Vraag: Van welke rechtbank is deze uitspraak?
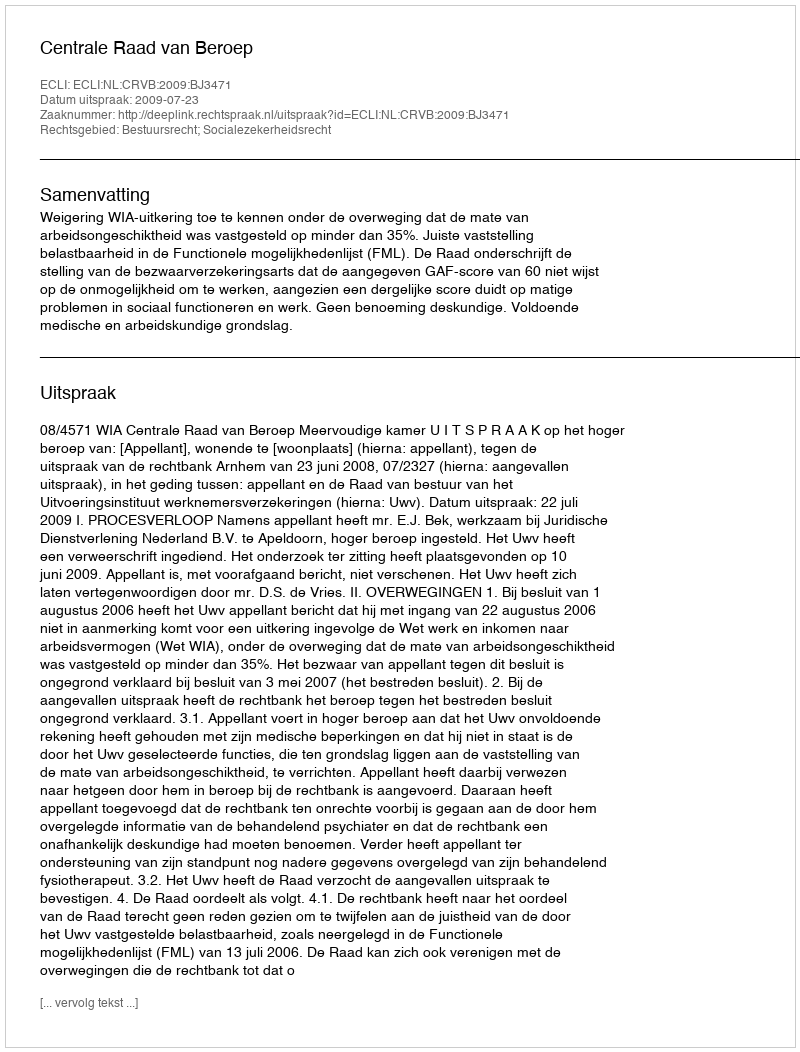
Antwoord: Centrale Raad van Beroep